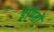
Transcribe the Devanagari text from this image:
इंगितों